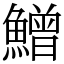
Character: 鱛